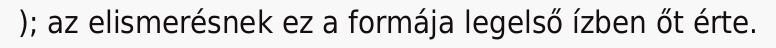
); az elismerésnek ez a formája legelső ízben őt érte.